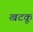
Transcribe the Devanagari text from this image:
खटकू